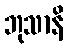
ဘုသာနိ